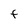
Character: F